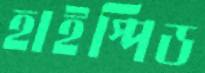
হাইস্পিড